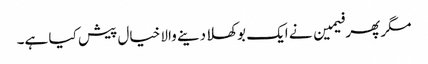
مگر پھر فیمین نے ایک بوکھلا دینے والا خیال پیش کیا ہے۔